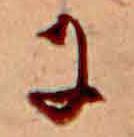
に